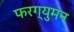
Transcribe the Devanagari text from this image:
फरग्युमन